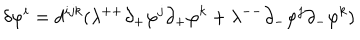
LaTeX: \delta \varphi ^ { i } = d ^ { i j k } ( \lambda ^ { + + } \partial _ { + } \varphi ^ { j } \partial _ { + } \varphi ^ { k } + \lambda ^ { -- } \partial _ { - } \varphi ^ { j } \partial _ { - } \varphi ^ { k } )